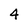
Character: 4